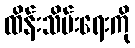
ထိန်းသိမ်းရေးကို